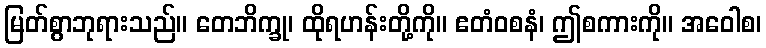
မြတ်စွာဘုရားသည်။ တေဘိက္ခု၊ ထိုရဟန်းတို့ကို။ ဧတံဝစနံ၊ ဤစကားကို။ အဝေါစ၊